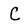
Character: C